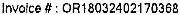
INVOICE # : OR18032402170368